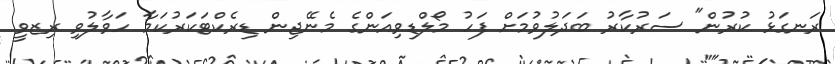
ރަނގަޅު ކުރުން" ސަރުކާރު ބަދަލުވުމަށް ފަހު މޯލްޑިވިއަންގެ މެނޭޖިން ޑިރެކްޓަކަރުކަމާ ހަވާލުވި ރިޒވީ